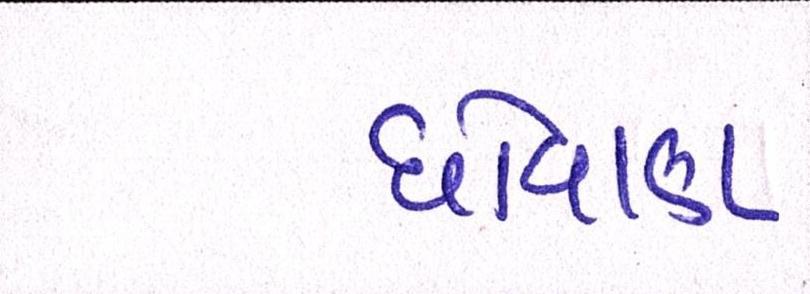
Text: ધોવાણ